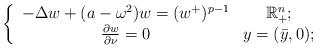
LaTeX: \begin{align*}\left\{ \begin{array}{cc}-\Delta w+(a-\omega^{2})w=(w^{+})^{p-1} & \mathbb{R}_{+}^{n};\\\frac{\partial w}{\partial\nu}=0 & y=(\bar{y},0);\end{array}\right.\end{align*}